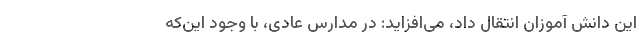
این دانش آموزان انتقال داد، می‌افزاید: در مدارس عادی، با وجود این‌که